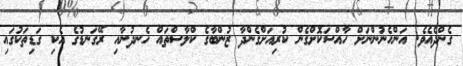
ގެންދެއެވެ. އަންހެނުންނަށް ހާއްސަކޮށްގެން ކުރިއަށްގެންދާ ޒުންބާގެ ކްލާސްތައް ހެނދުނާއި ރޭގަނޑުގެ އެކި ގަޑިތަކުގައި